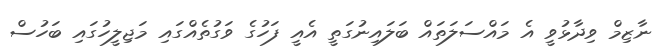
ނާޒިމް ވިދާޅުވީ އެ މައްސަލަތައް ބަލައިނުގަތީ އެއީ ފަހުގެ ވަގުތެއްގައި މަޖިލީހުގައި ބަހުސް